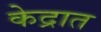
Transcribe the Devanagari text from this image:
केद्रात